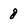
Character: 8